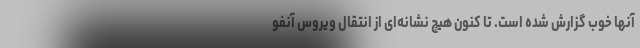
آنها خوب گزارش شده است. تا کنون هیچ نشانه‌ای از انتقال ویروس آنفو